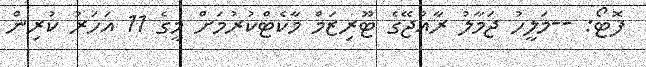
ފޮޓޯ: --މަލީހު ޖަމާލު ރާއްޖޭގެ ޓޫރިޒަމް މާކެޓްކުރުމަށް މީގެ 11 އަހަރު ކުރިން